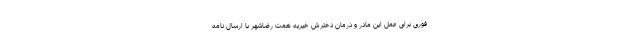
فوری برای عمل این مادر و درمان دخترش خیریه همت رضاشهر با ارسال نامه